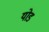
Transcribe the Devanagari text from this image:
योड